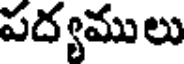
పద్యములు